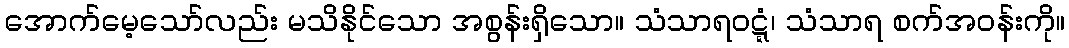
အောက်မေ့သော်လည်း မသိနိုင်သော အစွန်းရှိသော။ သံသာရဝဋ္ဋံ၊ သံသာရ စက်အဝန်းကို။